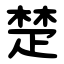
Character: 楚